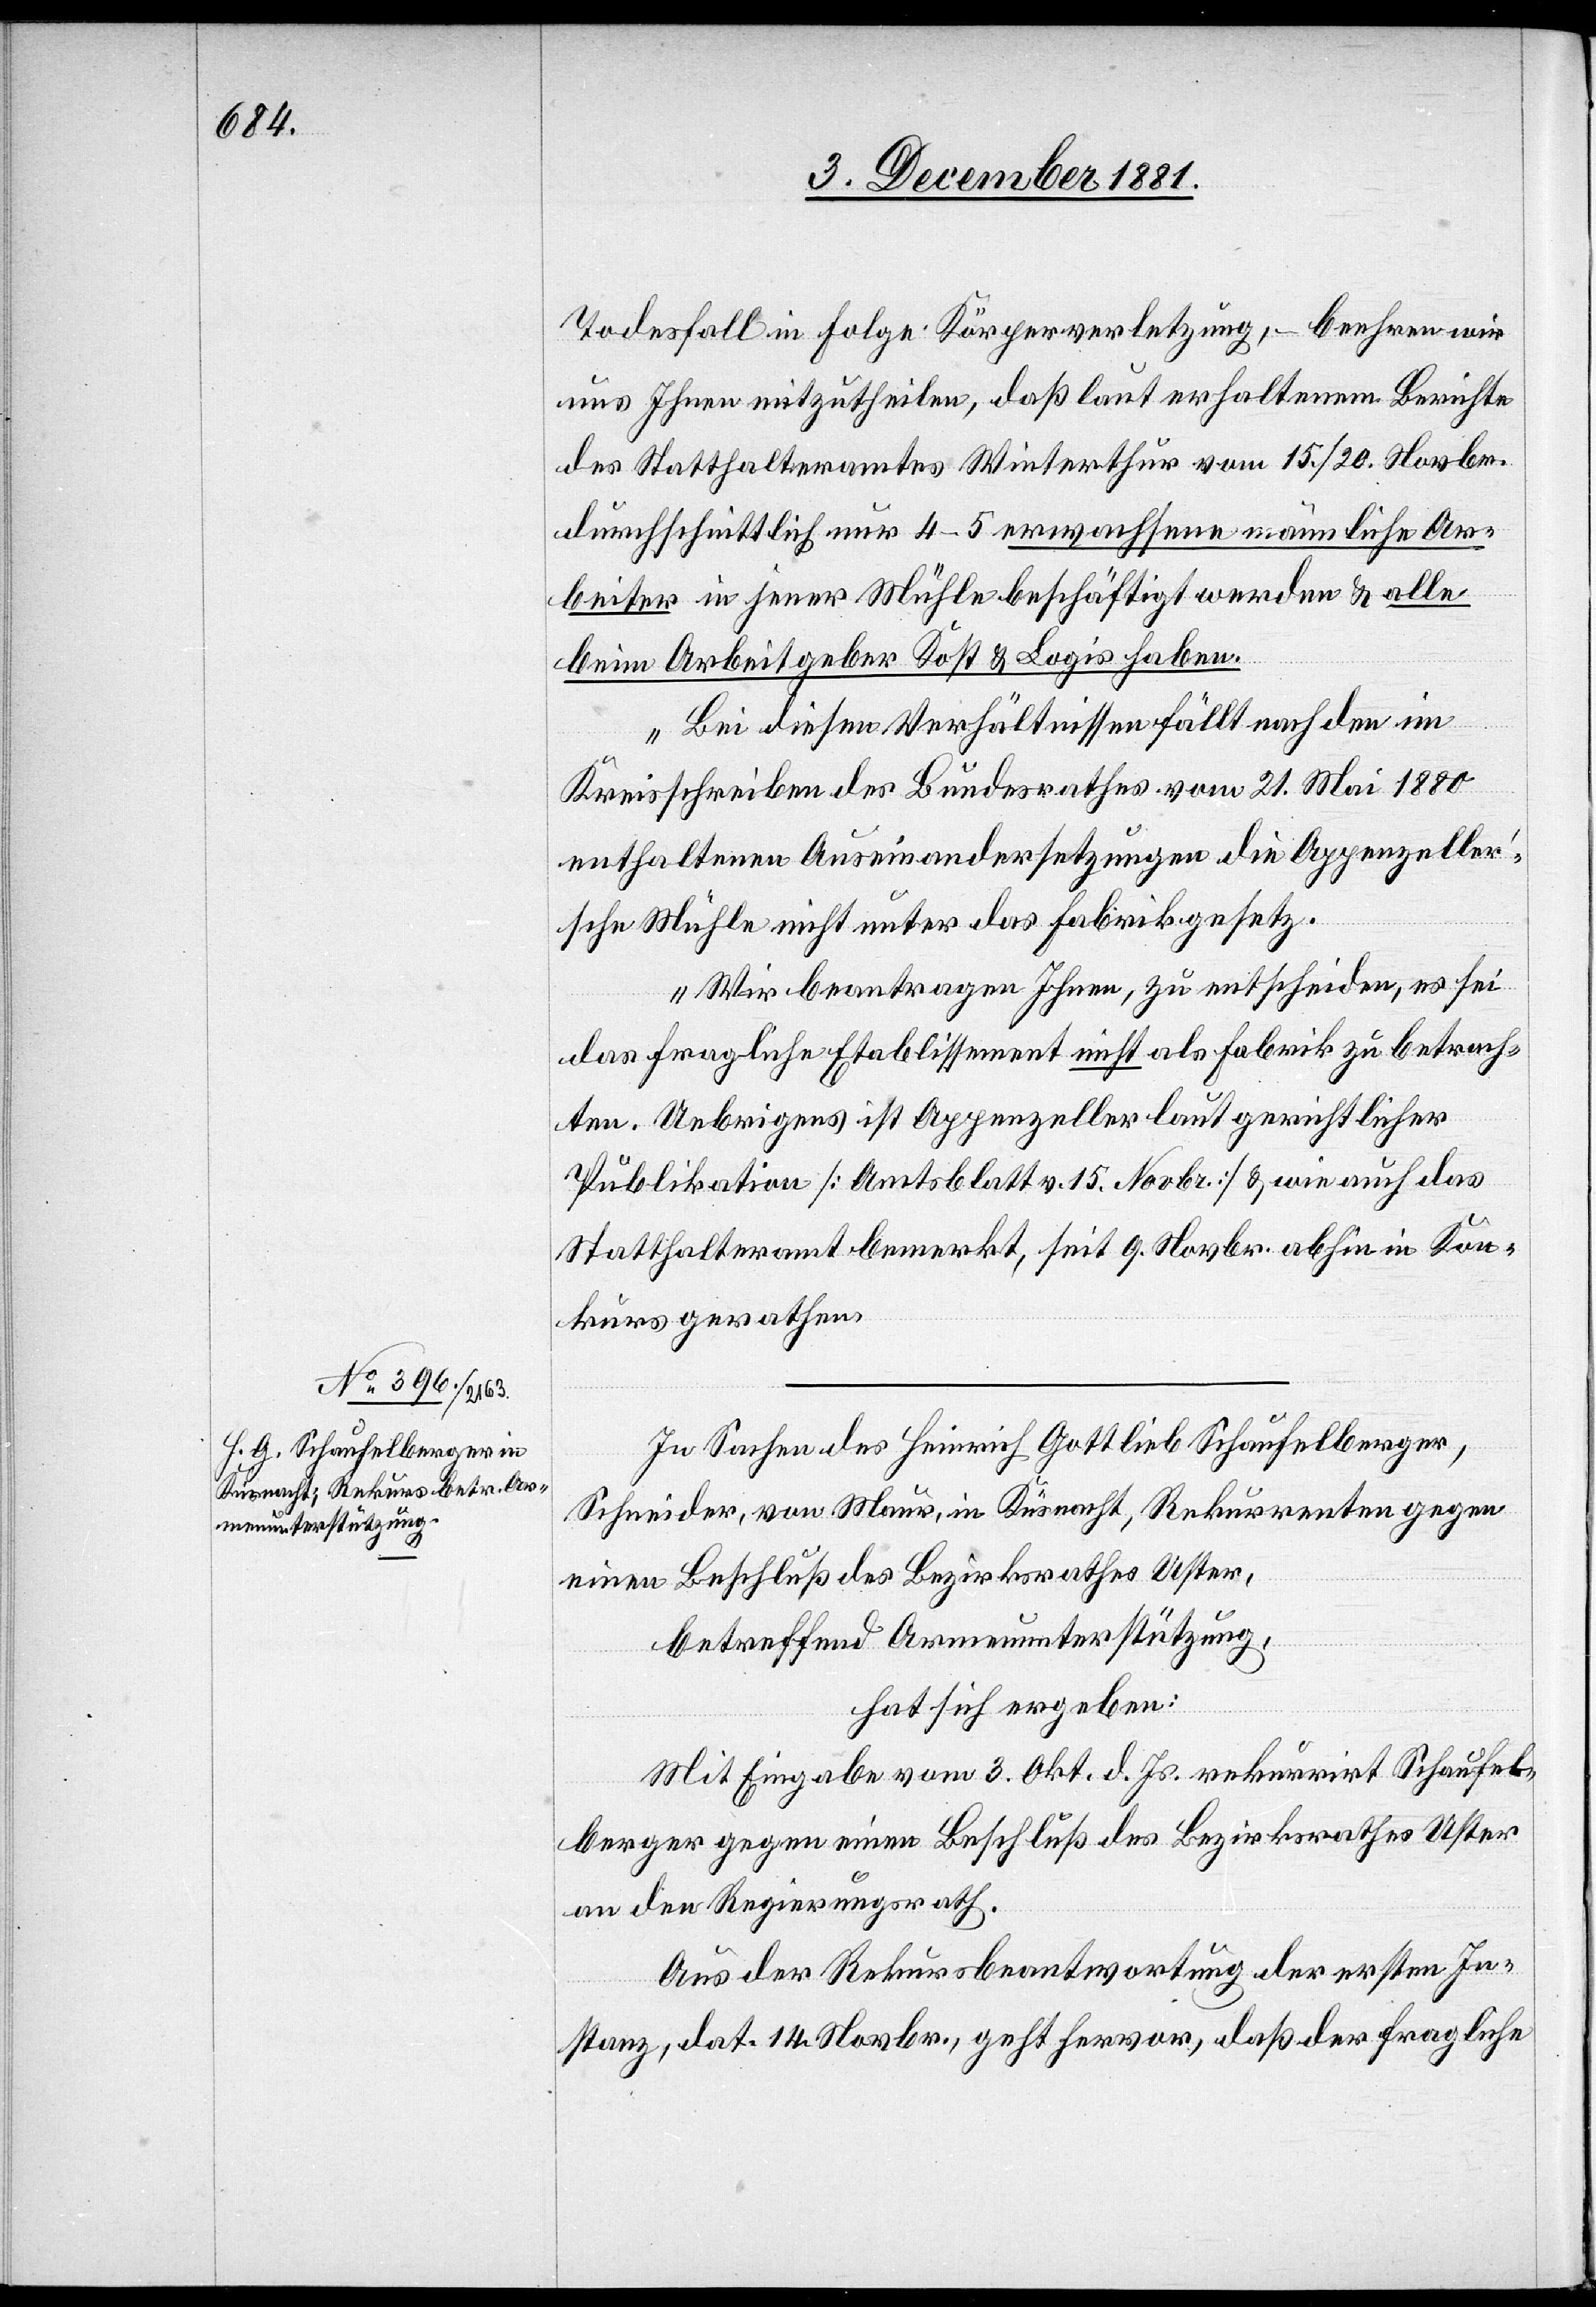
Todesfall in Folge Körperverletzung, – beehren wir
uns Ihnen mitzutheilen, daß laut erhaltenem Berichte
des Statthalteramtes Winterthur vom 25./20. Novbr.
durchschnittlich nur 4–5 erwachsene männliche Ar¬
beiter in jener Mühle beschäftigt werden & alle
beim Arbeitgeber Kost & Logis haben.
Bei diesen Verhältnissen fällt nach den im
Kreisschreiben des Bundesrathes vom 21. Mai 1880
enthaltenen Auseinandersetzungen die Appenzelle¬
r’sche Mühle nicht unter das Fabrikgesetz.
Wir beantragen Ihnen, zu entscheiden, es sei
das fragliche Etablissement nicht als Fabrik zu betrach¬
ten. Uebrigens ist Appenzeller laut gerichtlicher
Publikation [Amtsblatt v. 15. Novbr.] & wie auch das
Statthalteramt bemerkt, seit 9. Novbr. abhin in Kon¬
kurs gerathen.“
In Sachen des Heinrich Gottlieb Schaufelberger,
Schneider, von Maur, in Küsnacht, Rekurrenten gegen
einen Beschluß des Bezirksrathes Uster,
betreffend Armenunterstützung,
hat sich ergeben:
Mit Eingabe vom 3. Okt. d. Js. rekurrirt Schaufel¬
berger gegen einen Beschluß des Bezirksrathes Uster
an den Regierungsrath.
Aus der Rekursbeantwortung der ersten In¬
stanz, dat. 14. Novbr., geht hervor, daß der fragliche